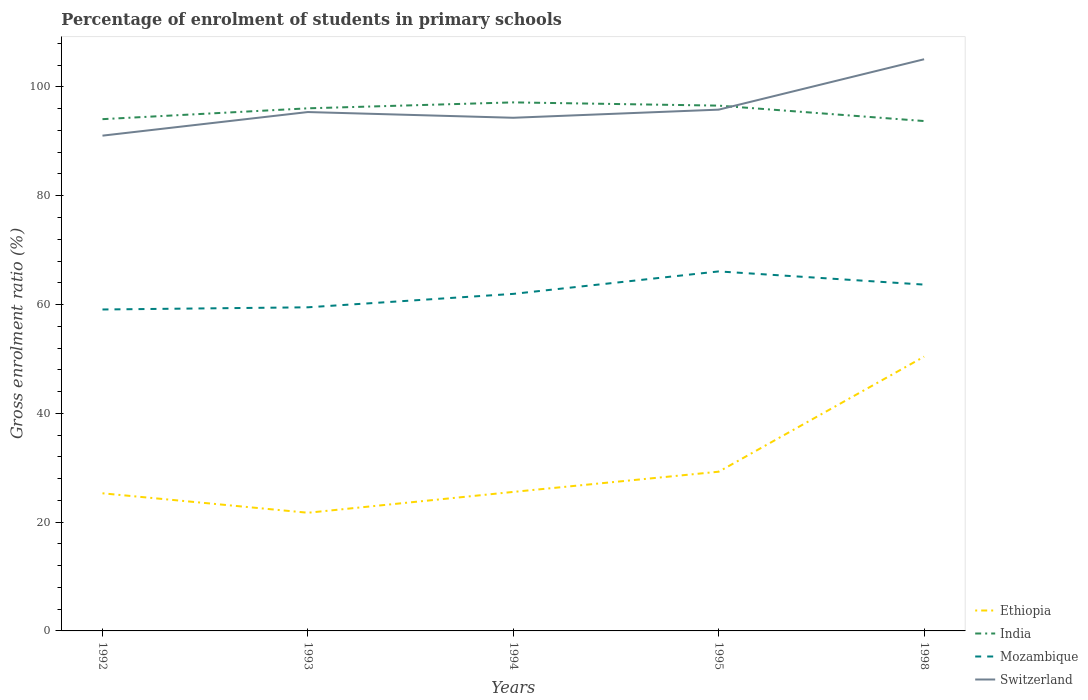
| Years | Ethiopia | India | Mozambique | Switzerland |
 | --- | --- | --- | --- | --- |
 | 1992 | 25.3 | 94.1 | 59.1 | 91 |
 | 1993 | 21.7 | 96.1 | 59.5 | 95.4 |
 | 1994 | 25.6 | 97.2 | 62 | 94.3 |
 | 1995 | 29.3 | 96.6 | 66.1 | 95.8 |
 | 1998 | 50.4 | 93.7 | 63.7 | 105 |